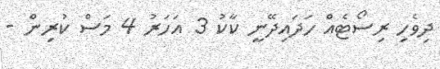
ދިވެހި ރިސޯޓެއް ހަދައިދޭނީ ކާކު 3 އަހަރު 4 މަސް ކުރިން -